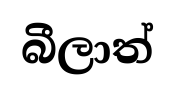
බීලාත්